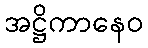
အဋ္ဌိကာနေဝ